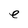
Character: e